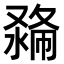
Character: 𠭽